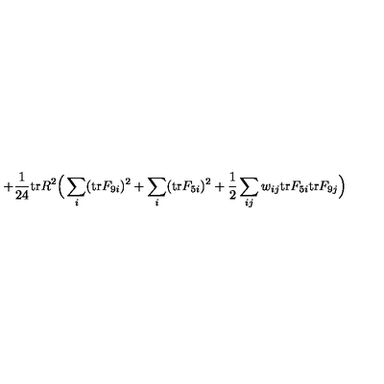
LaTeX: + { \frac { 1 } { 2 4 } } \mathrm { t r } R ^ { 2 } \Big ( \sum _ { i } ( \mathrm { t r } F _ { 9 i } ) ^ { 2 } + \sum _ { i } ( \mathrm { t r } F _ { 5 i } ) ^ { 2 } + { \frac { 1 } { 2 } } \sum _ { i j } w _ { i j } \mathrm { t r } F _ { 5 i } \mathrm { t r } F _ { 9 j } \Big )